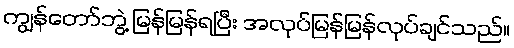
ကျွန်တော်ဘွဲ့ မြန်မြန်ရပြီး အလုပ်မြန်မြန်လုပ်ချင်သည်။